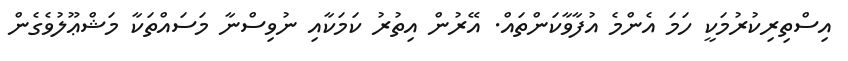
އިސްތިރިކުރުމަކީ ހަމަ އެންމެ އުފާވާކަންތައް. އޭރުން އިތުރު ކަމަކާއި ނުވިސްނާ މަސައްތަކާ މަޝްޢޫލުވެގެން